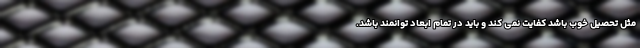
مثل تحصیل خوب باشد کفایت نمی کند و باید در تمام ابعاد توانمند باشد.